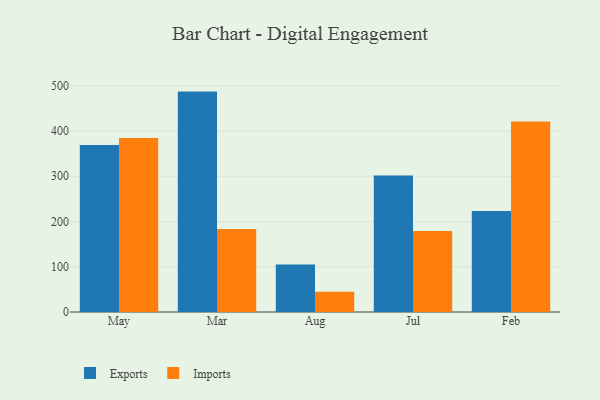
{"axis": {"x": "Month", "y": "Operating Costs (USD K)"}, "legend": ["Exports", "Imports"], "data": [{"x": "May", "y": 369.1, "type": "Exports"}, {"x": "May", "y": 384.2, "type": "Imports"}, {"x": "Mar", "y": 486.9, "type": "Exports"}, {"x": "Mar", "y": 183.3, "type": "Imports"}, {"x": "Aug", "y": 105.0, "type": "Exports"}, {"x": "Aug", "y": 44.7, "type": "Imports"}, {"x": "Jul", "y": 301.8, "type": "Exports"}, {"x": "Jul", "y": 179.1, "type": "Imports"}, {"x": "Feb", "y": 222.9, "type": "Exports"}, {"x": "Feb", "y": 420.9, "type": "Imports"}]}